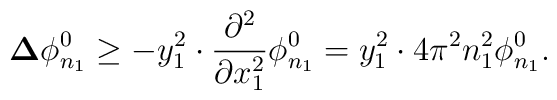
{\bf \Delta} \phi_{n_{1}}^{0} \geq - y_{1}^{2} \cdot\frac{\partial^{2}}{\partial x_{1}^{2}}\phi_{n_{1}}^{0} = y_{1}^{2} \cdot 4 \pi ^{2}n_{1}^{2}\phi_{n_{1}}^{0}.